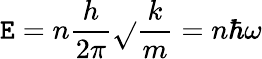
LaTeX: \mathtt{E}=n{\frac{{h}}{{2\pi}}}{\sqrt{}{{\frac{{k}}{{m}}}}}=n\hbar\omega